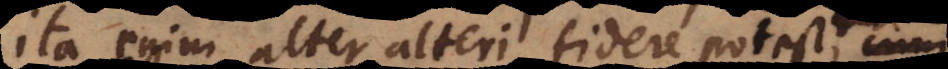
ita enim alter alteri fidere potest, nam